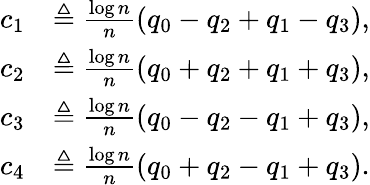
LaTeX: \begin{array}{rl}{c_{1}}&{\triangleq\frac{\log n}{n}(q_{0}-q_{2}+q_{1}-q_{3}),}\\ {c_{2}}&{\triangleq\frac{\log n}{n}(q_{0}+q_{2}+q_{1}+q_{3}),}\\ {c_{3}}&{\triangleq\frac{\log n}{n}(q_{0}-q_{2}-q_{1}+q_{3}),}\\ {c_{4}}&{\triangleq\frac{\log n}{n}(q_{0}+q_{2}-q_{1}+q_{3}).}\end{array}